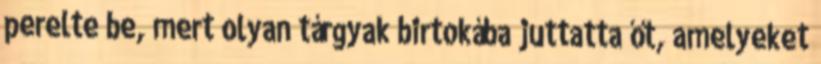
perelte be, mert olyan tárgyak birtokába juttatta őt, amelyeket